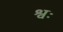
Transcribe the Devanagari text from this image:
श्वः